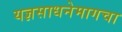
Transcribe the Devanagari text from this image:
यज्ञसाधनेमागचा